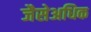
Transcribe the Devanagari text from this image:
जैसेअधिक